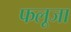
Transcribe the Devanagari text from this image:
फलूजा